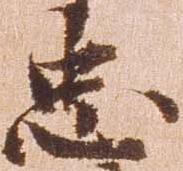
忠